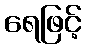
ရေဖြင့်